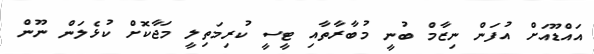
އައްޑޫއަށް އުފަން ނިޒާމް ބުނީ މުބާރާތާއި ޓީސީ ކުރިމަތިލީ މަޖާކޮށް ކުޅެލަން ނޫން